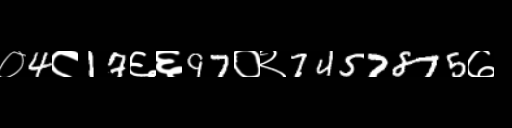
Text: ०4८17६६97०२7457875७